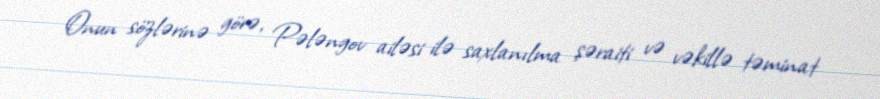
Onun sözlərinə görə, Pələngov ailəsi ilə saxlanılma şəraiti və vəkillə təminat